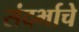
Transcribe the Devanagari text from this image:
संदर्भाचे